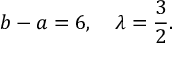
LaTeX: b - a = 6 , \quad \lambda = \frac { 3 } { 2 } .